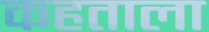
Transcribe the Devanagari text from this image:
कहताला